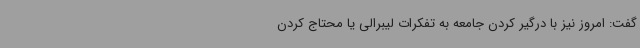
گفت: امروز نیز با درگیر کردن جامعه به تفکرات لیبرالی یا محتاج کردن